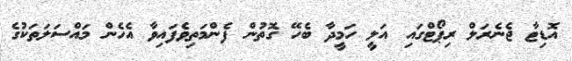
އޮޑިޓާ ޖެނެރަލް ރިޕޯޓްގައި އަލީ ހަމީދާ ބެހޭ ގޮތުން ފެންމަތިވެފައިވާ އެހެން މައްސަލަތަކުގެ